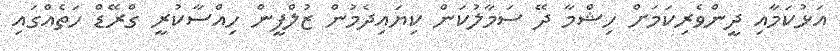
އަޅުކަމާއި ދީންވެރިކަމަށް ހިޝްމާ ދޭ ސަމާލުކަން ކިޔައިދެމުން ޒުލްފީން ހިއްސާކުރީ ގްރޭޑް ހަތެއްގައި